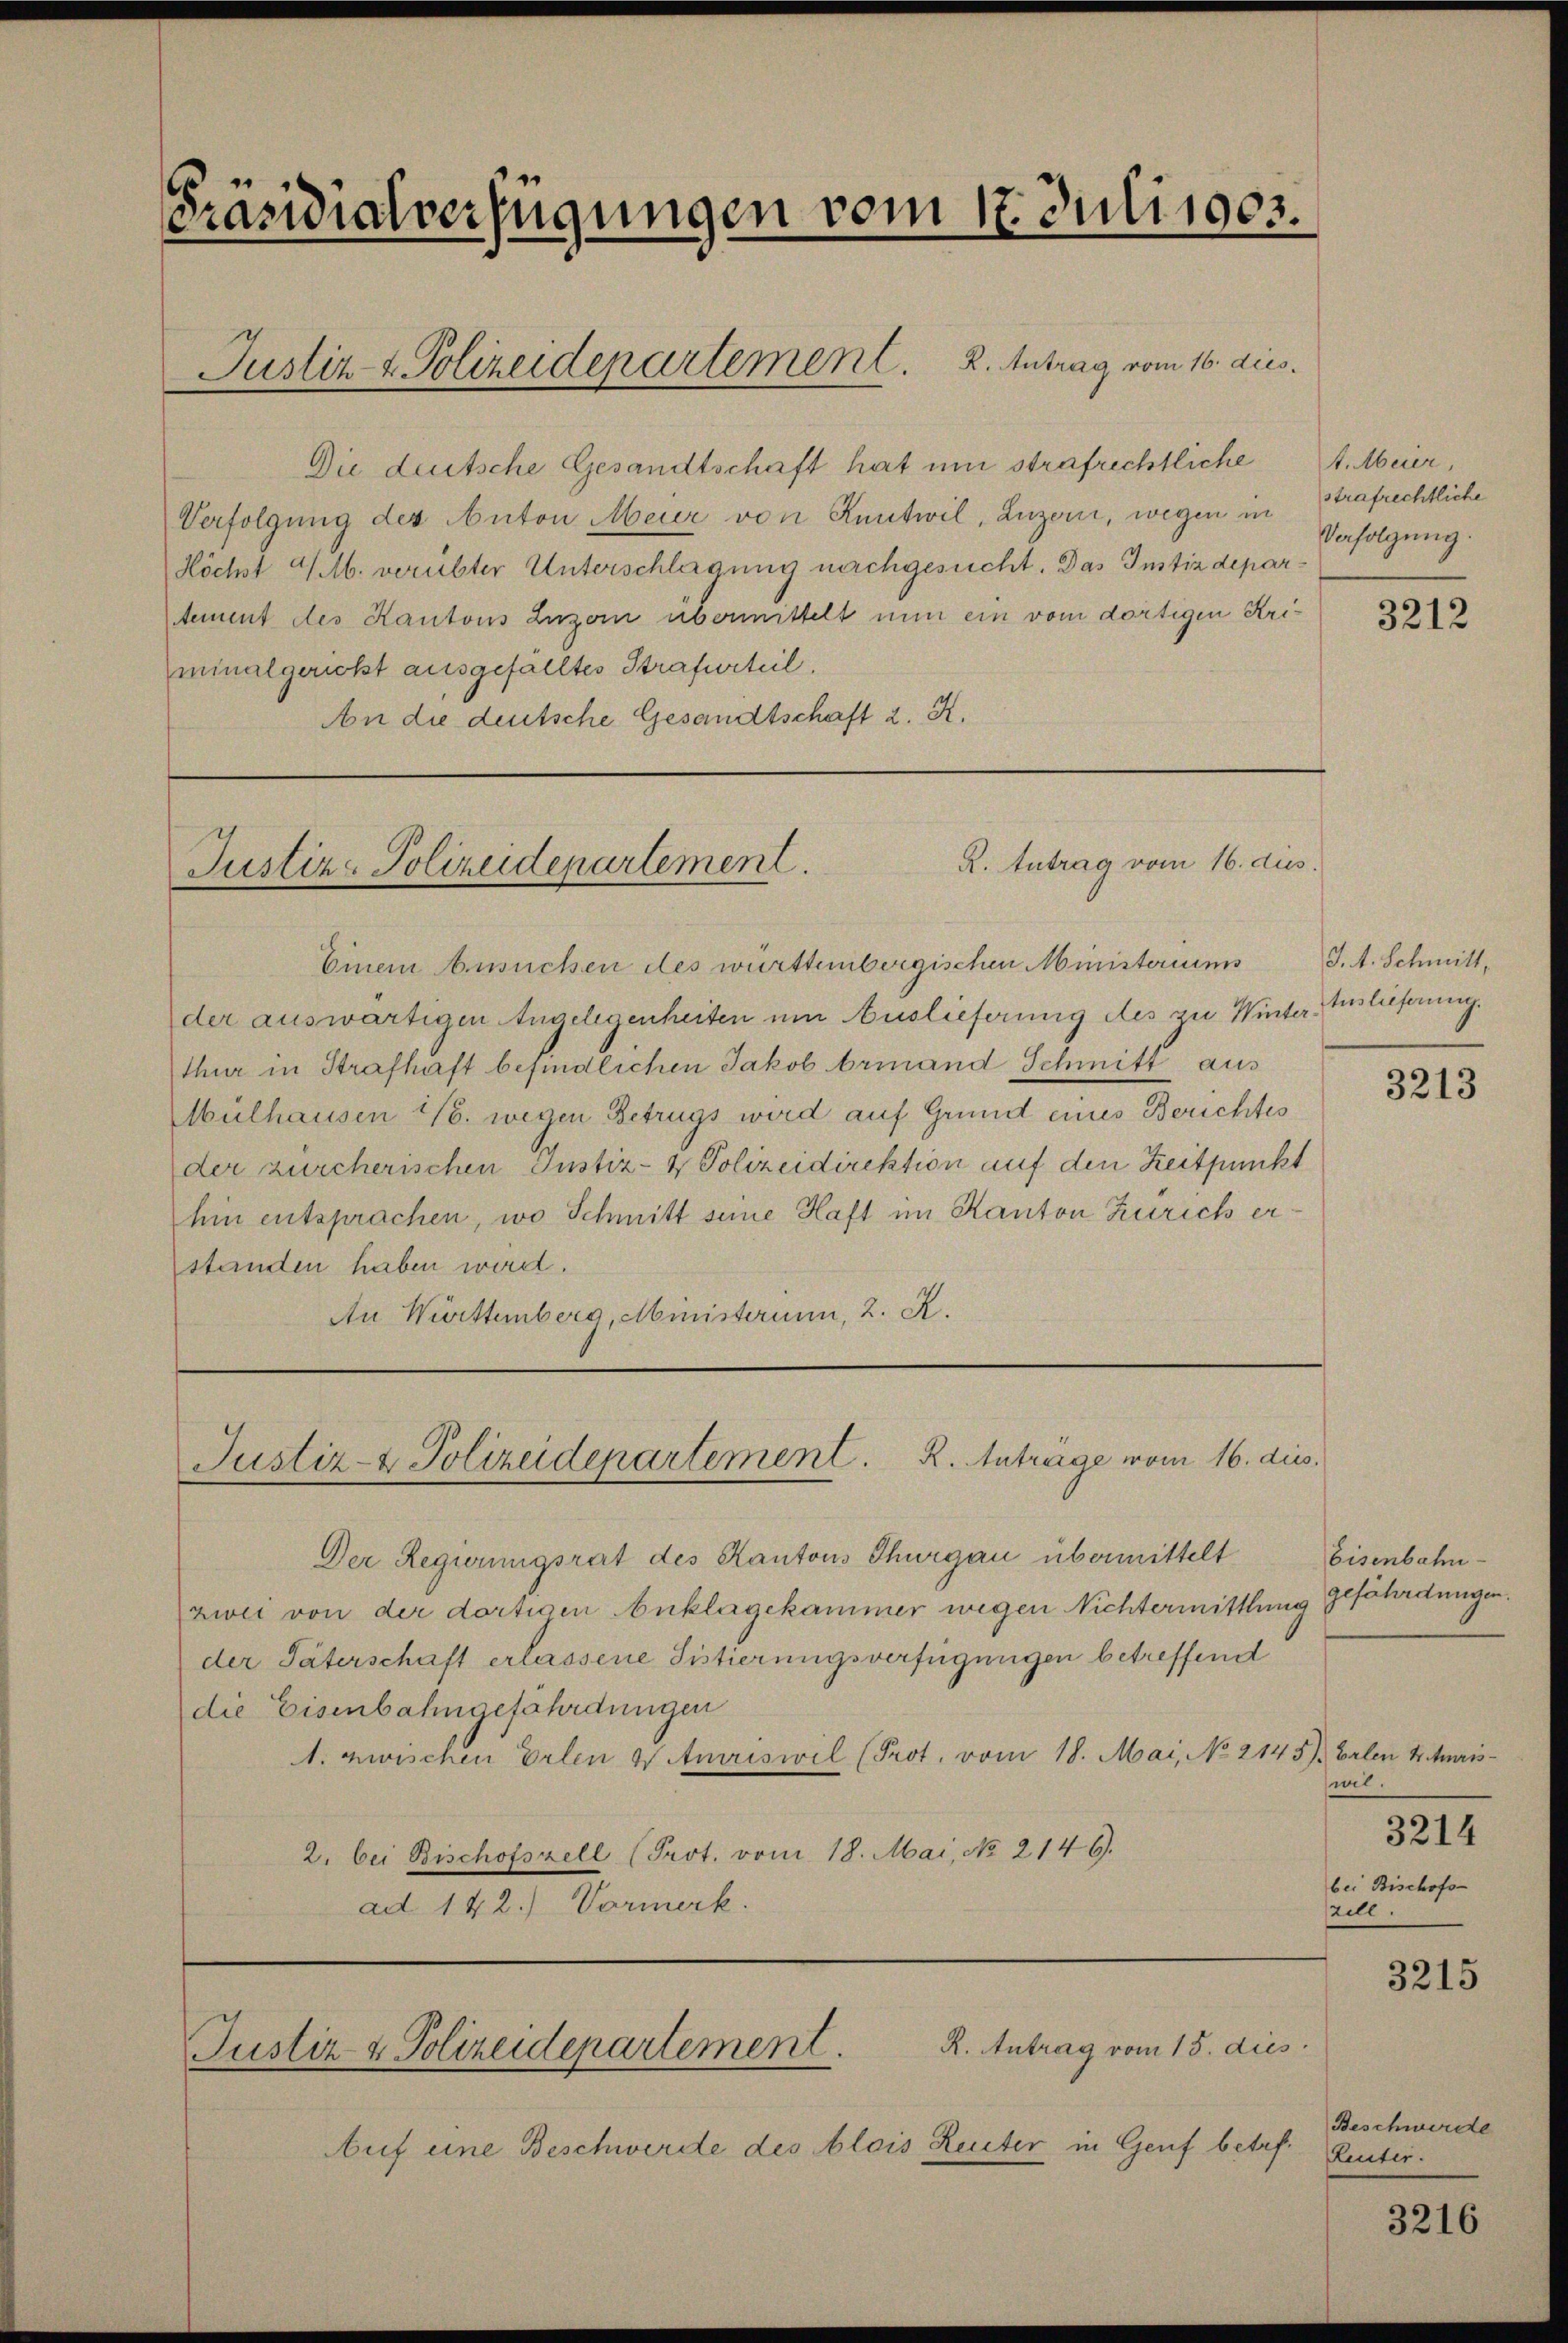
Präsidialverfügungen vom 17. Juli 1905.

Justiz- & Polizeidepartement. 2. Antrag vom 16. dies.

R. Antrag vom 16. dies
Justiz-Polizeidepartement.

Justiz- & Polizeidepartement. R. Anträge vom 16. dies

Einem Ansuchen des württembergischen Ministeriums
der auswärtigen Angelegenheiten um Auslieferung des zu Winterthur in Strafhaft befindlichen Jakob beinand Schmitt aus
Mulhausen No. wegen Betrugs wird auf Grund eines Berichtes
der zürcherischen Justiz- & Polizeidirektion auf den Zeitpunkt
hin entsprachen, wo Schmitt seine Haft im Kanton Zürich erstanden haben wird.
An Württemberg, Ministerium, 2. K.

Die deutsche Gesandtschaft hat um strafrichtliche
Verfolgung des Anton Meur von Kentwil, Luzern, wegen in
Höchst 4MM. verübter Unterschlagung nachgesucht. Das Instizdepartement des Kantons Luzern übermittelt nun ein vom dortigen Uriminalgericht ausgefälltes Strafurteil.
An die deutsche Gesandtschaft 2. K.

R. Antrag vom 15. dies
Justiz- & Polizeidepartement.

Der Regierungsrat des Kantons Thurgau übermittelt
zwei von der dortigen Anklagekammer wegen Nichtermittlung gefährdungen.
der Väterschaft erlassene Sistierungsverfügungen betreffend
die Eisenbahngefährdungen
. zwischen Erlen Wimriswil (Prot. vom 18. Mai, No 2145). Valen 4. Muris¬
2. bei Bischofszell (Prot. vom 18. Mai, No. 2146.
ad 142.) Vormerk.

Auf eine Beschwerde des Alois Reuter in Genf betref¬

t. Meier,
strafrechtliche
Verfolgung.

J. A. Schmitt,
tuslieferung.

3212

3213

Eisenbahn

wil.
3214
bei Bischofs-
zill.

3215

Beschwerde
Leuter.

3216